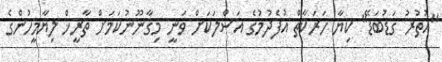
"އުތުރު ގަޑުބަޑޭ" ކިޔާ ހަރަކާތް އުފެދުމުގެ އަސްލަކަށް ވަނީ މިގާނޫނުކަމަށް ތާރީޚް ލިޔާމީހުންގެ